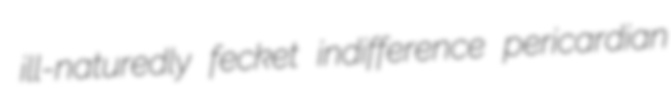
ill-naturedly fecket indifference pericardian